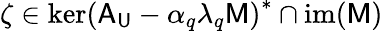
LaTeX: \zeta\in\mathrm{ker}\left(\mathsf{A}_{\mathsf{U}}-\alpha_{q}\lambda_{q}\mathsf{M}\right)^{*}\cap\mathrm{im}(\mathsf{M})